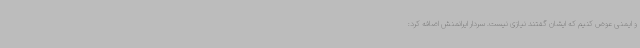
و ایمنی عوض کنیم که ایشان گفتند نیازی نیست. سردار ایرانمنش اضافه کرد: